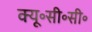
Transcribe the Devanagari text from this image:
क्यू॰सी॰सी॰